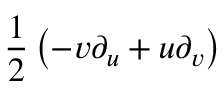
{ \frac { 1 } { 2 } } \left( - v \partial _ { u } + u \partial _ { v } \right)